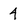
Character: 4